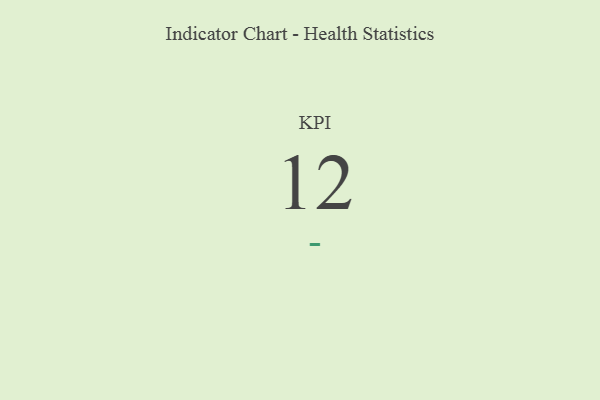
{"axis": {"x": "KPI", "y": "Value"}, "legend": [""], "data": [{"x": "KPI", "y": 12, "type": ""}]}